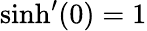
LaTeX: \sinh^{\prime}(0)=1